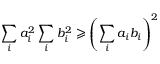
\sum _ { i } a _ { i } ^ { 2 } \sum _ { i } b _ { i } ^ { 2 } \geqslant \left( \sum _ { i } a _ { i } b _ { i } \right) ^ { 2 }